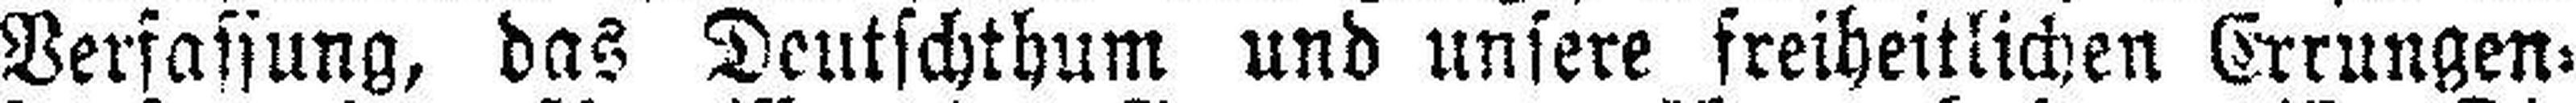
Verfassung, das Deutschthum und unsere freiheitlichen Errungen¬